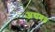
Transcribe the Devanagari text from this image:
अद्यवत